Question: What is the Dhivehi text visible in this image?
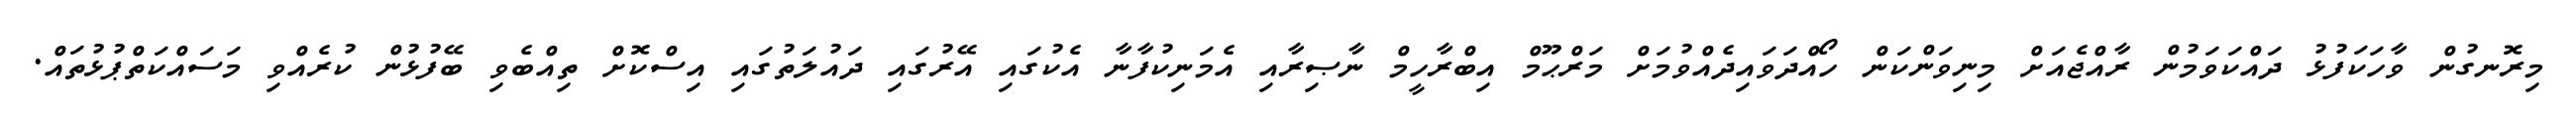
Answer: މިރޮނގުން ވާހަކަފުޅު ދައްކަވަމުން ރާއްޖެއަށް މިނިވަންކަން ހޯއްދަވައިދެއްވުމަށް މަރްޙޫމް އިބްރާހީމް ނާޞިރާއި އެމަނިކުފާނާ އެކުގައި އޭރުގައި ދައުލަތުގައި އިސްކޮށް ތިއްބެވި ބޭފުޅުން ކުރެއްވި މަސައްކަތްޕުޅުތައް.